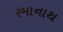
રમાનાથ